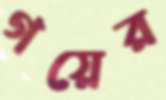
গয়ের